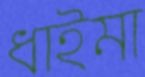
ধাইমা